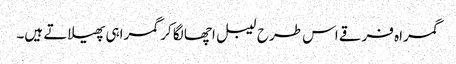
گمراہ فرقے اس طرح لیبل اچھا لگا کر گمراہی پھیلاتے ہیں۔